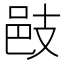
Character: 𢻌